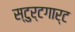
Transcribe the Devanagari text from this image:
स्टुर्टगार्ट